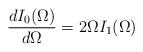
LaTeX: \begin{align*}\frac{dI_0(\Omega)}{d\Omega}=2\Omega I_1(\Omega)\end{align*}